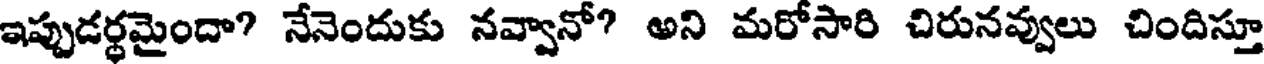
ఇప్పుడర్ధమైందా? నేనెందుకు నవ్వానో? అని మరోసారి చిరునవ్వులు చిందిస్తూ